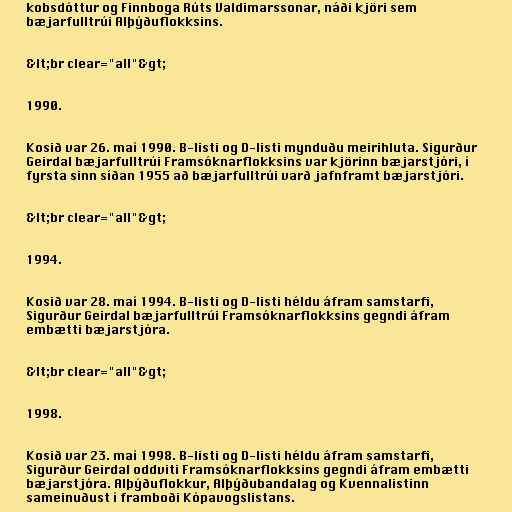
kobsdóttur og Finnboga Rúts Valdimarssonar, náði kjöri sem
bæjarfulltrúi Alþýðuflokksins.

&lt;br clear="all"&gt;

1990.

Kosið var 26. maí 1990. B-listi og D-listi mynduðu meirihluta. Sigurður
Geirdal bæjarfulltrúi Framsóknarflokksins var kjörinn bæjarstjóri, í
fyrsta sinn síðan 1955 að bæjarfulltrúi varð jafnframt bæjarstjóri.

&lt;br clear="all"&gt;

1994.

Kosið var 28. maí 1994. B-listi og D-listi héldu áfram samstarfi,
Sigurður Geirdal bæjarfulltrúi Framsóknarflokksins gegndi áfram
embætti bæjarstjóra.

&lt;br clear="all"&gt;

1998.

Kosið var 23. maí 1998. B-listi og D-listi héldu áfram samstarfi,
Sigurður Geirdal oddviti Framsóknarflokksins gegndi áfram embætti
bæjarstjóra. Alþýðuflokkur, Alþýðubandalag og Kvennalistinn
sameinuðust í framboði Kópavogslistans.